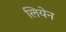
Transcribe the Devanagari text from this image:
लियेन